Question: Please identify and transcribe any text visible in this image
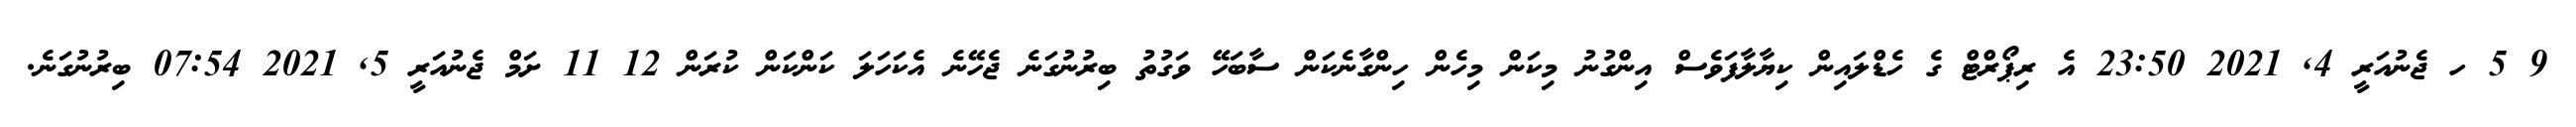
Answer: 9 5 ހ ޖެނުއަރީ 4, 2021 23:50 އެ ރިޕޯރްޓް ގެ ހެޑްލައިން ކިޔާލާފަވެސް އިންގުނު މިކަން މިހެން ހިންގާނެކަން ސާބަހޭ ވަގުތު ބިރުނުގަނެ ޖެހޭނެ އެކަހަލަ ކަންކަން ކުރަން 12 11 ށަމް ޖެނުއަރީ 5, 2021 07:54 ބިރުނުގަނެ.